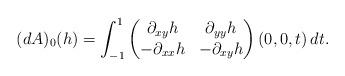
LaTeX: \begin{align*}(dA)_0(h) = \int_{-1}^1 \begin{pmatrix} \partial_{xy}h & \partial_{yy}h \\ -\partial_{xx}h & -\partial_{xy}h \end{pmatrix} (0,0,t) \, dt.\end{align*}